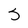
Character: S